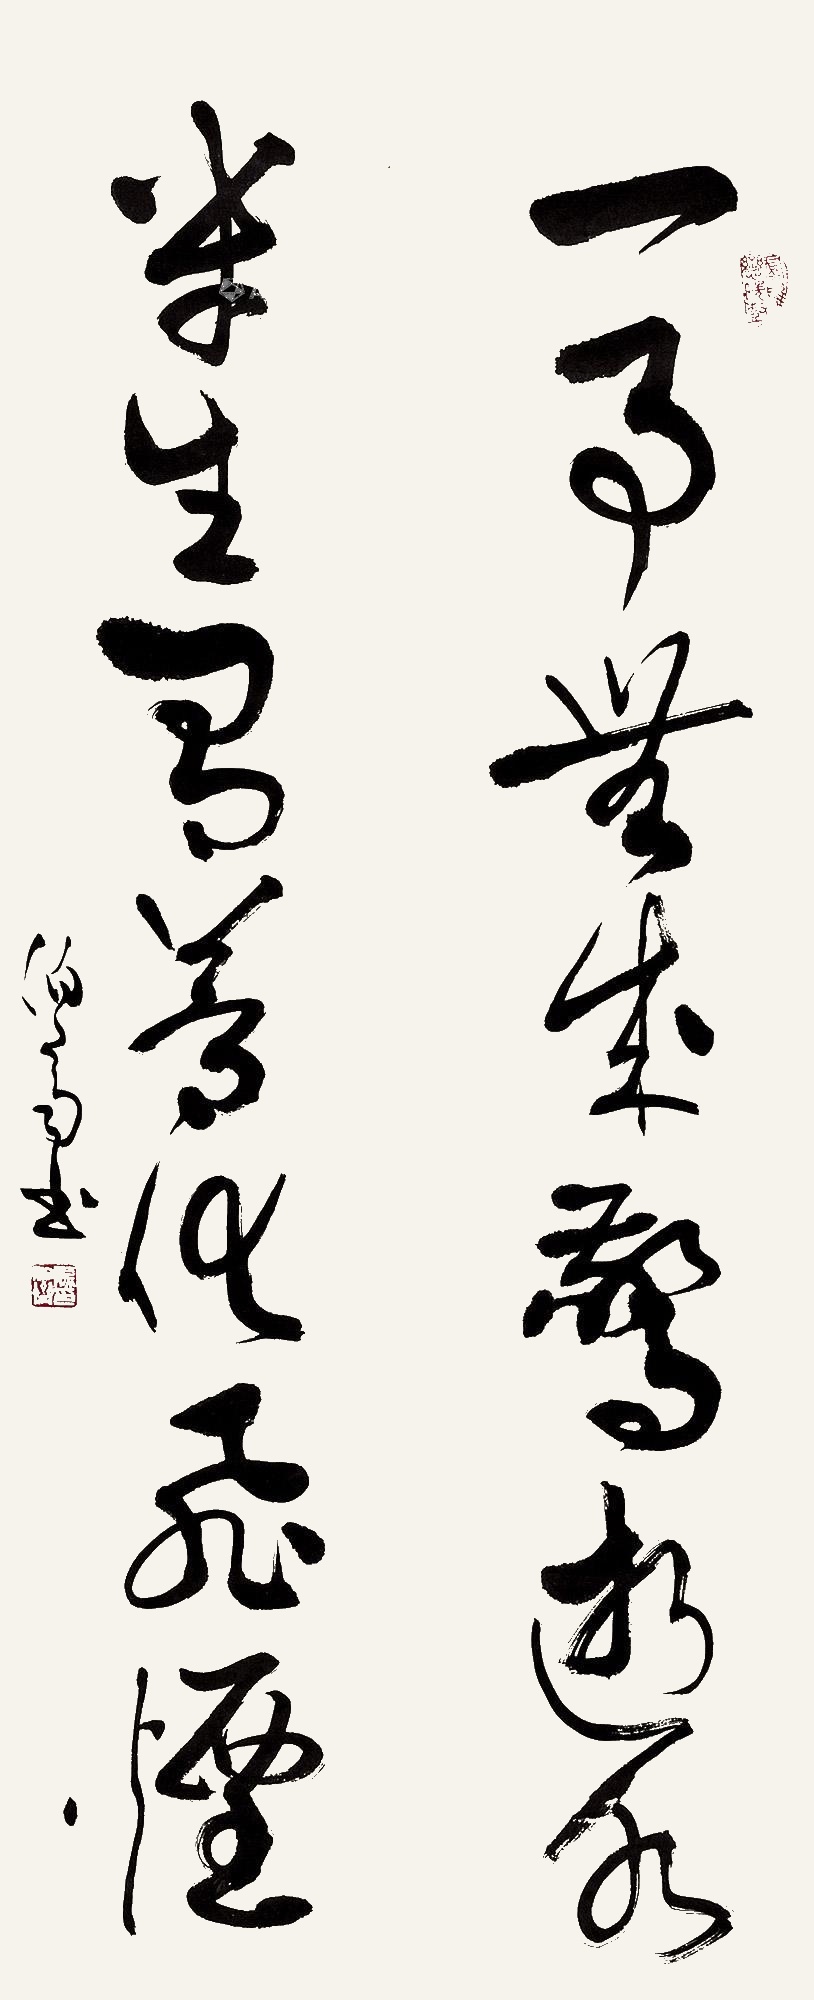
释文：一事无成惊逝水，半生有梦化飞烟。伯齐书。